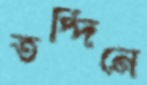
তদ্দিনে